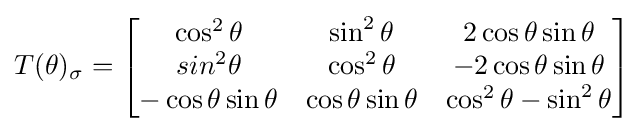
T(\theta )_{\sigma }={\begin{bmatrix}\cos ^{2}\theta &\sin ^{2}\theta &2\cos \theta \sin \theta \\sin^{2}\theta &\cos ^{2}\theta &-2\cos \theta \sin \theta \\-\cos \theta \sin \theta &\cos \theta \sin \theta &\cos ^{2}\theta -\sin ^{2}\theta \end{bmatrix}}